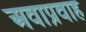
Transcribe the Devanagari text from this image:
अवाप्रवाह